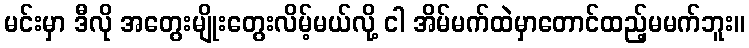
မင်းမှာ ဒီလို အတွေးမျိုးတွေးလိမ့်မယ်လို့ ငါ အိမ်မက်ထဲမှာတောင်ထည့်မမက်ဘူး။